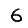
Digit: 6